Lunatic asylums Punjab 1895-1910 - 1895-1910
Year: 1895
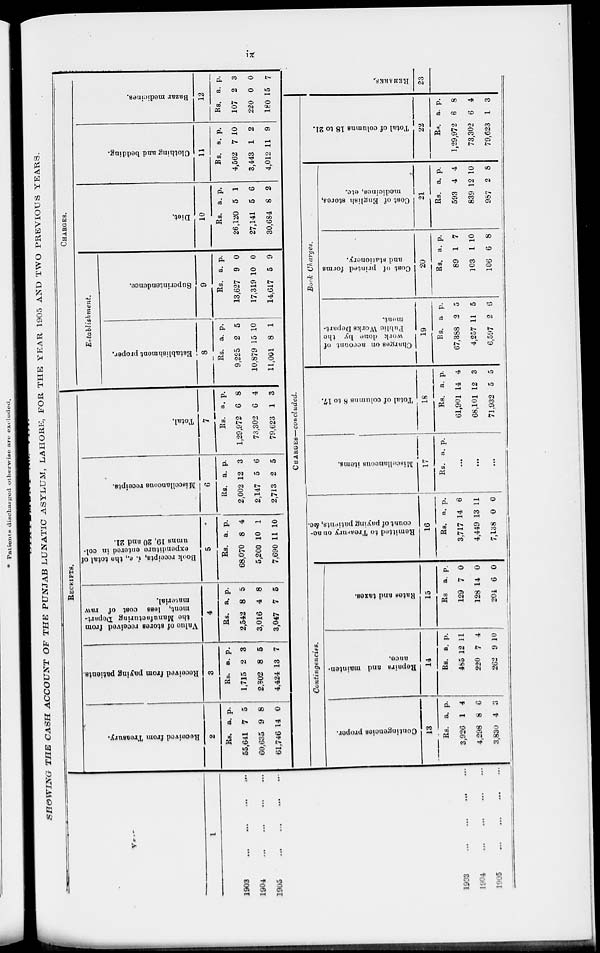
ix
SHOWING
THE CASH ACCOUNT
OF THE PUNJAB LUNATIC ASYLUM, LAHORE, FOR THE YEAR 1905 AND TWO PREVIOUS YEARS.
YEAR.
1
1903 ... ... ... ...
1904
...
...
...
...
1905
...
...
...
...
RECEIPTS.
Received from Treasury.
2
Rs.
55,641
60,635
61,746
a.
7
9
14
p.
5
8
0
Received
from paying patients.
3
Rs.
1,715
2,302
4,424
a.
2
8
13
p.
3
5
7
Value of stores received from
the Manufacturing Depart-
ment, less cost of raw
material.
4
Rs.
2,542
3,016
3,047
a.
8
4
7
p.
5
8
5
Book receipts, i. e., the total of
expenditure entered in col-
umns 19, 20 and 21.
5
Rs.
68,070
5,200
7,690
a.
8
10
11
p.
4
1
10
Miscellaneous receipts.
6
Rs.
2,002
2,147
2,713
a.
12
5
2
p.
3
6
5
Total.
7
Rs.
1,29,972
73,302
79,623
a.
6
6
1
p.
8
4
3
CHARGES.
Establishment.
Establishment proper.
8
Rs.
9,225
10,879
11,001
a.
2
15
8
p.
5
10
1
Superintendence.
9
Rs.
13,627
17,319
14,617
a.
9
10
5
p.
0
0
9
Diet.
10
Rs.
26,120
27,141
30,684
a.
5
5
8
p.
1
6
2
Clothing and bedding.
11
Rs.
4,562
3,443
4,012
a.
7
1
11
p.
10
2
9
Bazar medicines.
12
Rs.
107
220
180
a
2
0
15
p.
3
0
7
1903
...
...
...
...
1904
...
...
...
...
1905 ... ... ... ...
CHARGES—concluded.
Contingencies.
Contingencies proper.
13
Rs.
3,926
4,298
3,830
a.
1
8
4
p.
4
6
3
Repairs and mainten-
ance.
14
Rs.
485
220
262
a.
12
7
9
p.
11
4
10
Rates and taxes.
15
Rs.
129
128
204
a.
7
14
6
p.
0
0
0
Remitted to Treanury on ac-
count of paying patients, &c.
16
Rs.
3,717
4,449
7,138
a.
14
13
0
p.
6
11
0
Miscellaneous items.
17
Rs. a. p.
...
...
...
Total of columns 8 to 17.
18
Rs.
61,901
68,101
71,932
a.
14
12
5
p.
4
3
5
Book Charges.
Charges on account of
work done by the
Public Works Depart-
ment.
19
Rs.
67,388
4,257
6,597
a
2
11
2
p.
5
5
6
Cost of printed forms
and stationery.
20
Rs.
89
103
106
a.
1
1
6
p.
7
10
8
Cost of English stores,
medicines, etc.
21
Rs.
593
839
987
a.
4
12
2
p.
4
10
8
Total of columns 18 to 21.
22
Rs.
1,29,972
73,302
79,623
a.
6
6
1
p.
8
4
3
REMARKS.
23